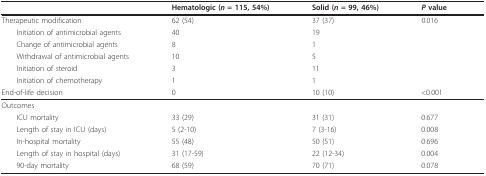
<table><thead><tr><td></td><td><b>Hematologic (<i>n </i>= 115, 54%)</b></td><td><b>Solid (<i>n </i>= 99, 46%)</b></td><td><b><i>P </i>value</b></td></tr></thead><tbody><tr><td>Therapeutic modification</td><td>62 (54)</td><td>37 (37)</td><td>0.016</td></tr><tr><td> Initiation of antimicrobial agents</td><td>40</td><td>19</td><td></td></tr><tr><td> Change of antimicrobial agents</td><td>8</td><td>1</td><td></td></tr><tr><td> Withdrawal of antimicrobial agents</td><td>10</td><td>5</td><td></td></tr><tr><td> Initiation of steroid</td><td>3</td><td>11</td><td></td></tr><tr><td> Initiation of chemotherapy</td><td>1</td><td>1</td><td></td></tr><tr><td>End-of-life decision</td><td>0</td><td>10 (10)</td><td>&lt;0.001</td></tr><tr><td>Outcomes</td><td></td><td></td><td></td></tr><tr><td> ICU mortality</td><td>33 (29)</td><td>31 (31)</td><td>0.677</td></tr><tr><td> Length of stay in ICU (days)</td><td>5 (2-10)</td><td>7 (3-16)</td><td>0.008</td></tr><tr><td> In-hospital mortality</td><td>55 (48)</td><td>50 (51)</td><td>0.696</td></tr><tr><td> Length of stay in hospital (days)</td><td>31 (17-59)</td><td>22 (12-34)</td><td>0.004</td></tr><tr><td> 90-day mortality</td><td>68 (59)</td><td>70 (71)</td><td>0.078</td></tr></tbody></table>